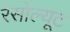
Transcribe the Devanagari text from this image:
रेसोल्यूट